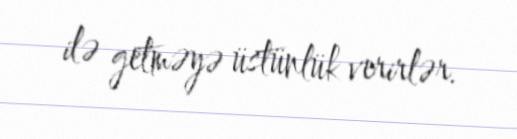
ilə getməyə üstünlük verirlər.